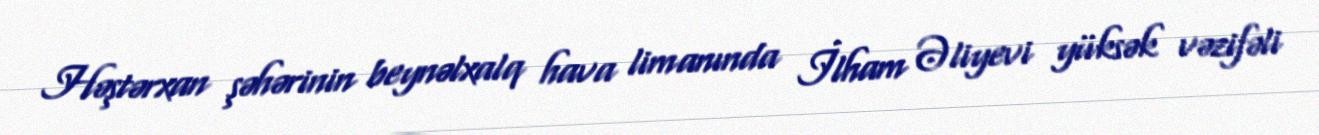
Həştərxan şəhərinin beynəlxalq hava limanında İlham Əliyevi yüksək vəzifəli